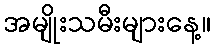
အမျိုးသမီးများနေ့။